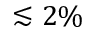
\lesssim 2 \%